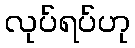
လုပ်ရပ်ဟု